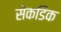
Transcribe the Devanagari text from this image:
सेकडिक